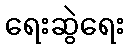
ရေးဆွဲရေး